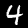
Digit: 4